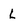
Character: L